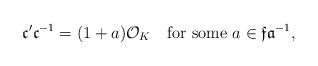
LaTeX: \begin{align*}\mathfrak{c}'\mathfrak{c}^{-1}=(1+a)\mathcal{O}_K\quad\textrm{for some}~a\in\mathfrak{f}\mathfrak{a}^{-1},\end{align*}